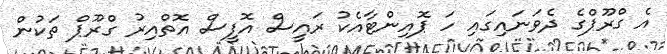
އެ ގްރޫޕްގެ ދެވަނައިގައި ހަ ޕޮއިންޓާއެކު ރައީސް އޮފީސް އޮތްއިރު ގްރޫޕް ތަކުން